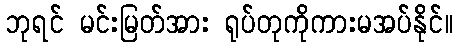
ဘုရင် မင်းမြတ်အား ရုပ်တုကိုကားမအပ်နိုင်။